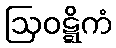
ဩဝဋ္ဋိကံ